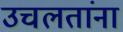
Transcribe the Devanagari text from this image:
उचलतांना